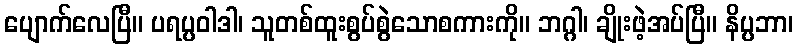
ပျောက်လေပြီ။ ပရပ္ပဝါဒါ၊ သူတစ်ထူးစွပ်စွဲသောစကားကို။ ဘဂ္ဂါ၊ ချိုးဖဲ့အပ်ပြီ။ နိပ္ပဘာ၊